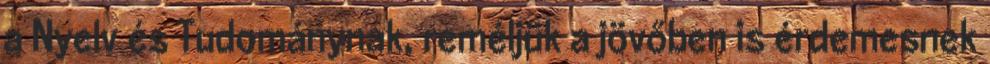
a Nyelv és Tudománynak, reméljük a jövőben is érdemesnek